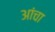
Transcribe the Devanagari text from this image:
आंचा